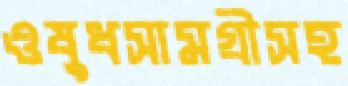
ওষুধসামগ্রীসহ